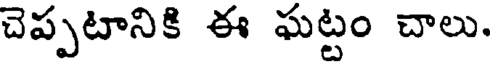
చెప్పటానికి ఈ ఘట్టం చాలు.